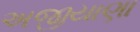
અજીયાણા